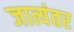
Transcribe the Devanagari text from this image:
जात्यंतर